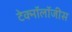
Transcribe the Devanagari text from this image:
टेक्नॉलॉजीस